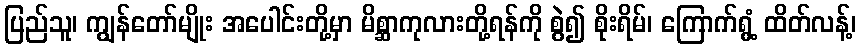
ပြည်သူ၊ ကျွန်တော်မျိုး အပေါင်းတို့မှာ မိစ္ဆာကုလားတို့ရန်ကို စွဲ၍ စိုးရိမ်၊ ကြောက်ရွံ့ ထိတ်လန့်၊